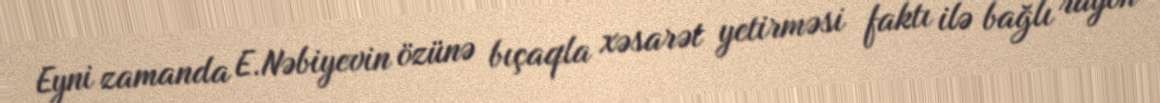
Eyni zamanda E.Nəbiyevin özünə bıçaqla xəsarət yetirməsi faktı ilə bağlı rayon